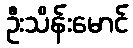
ဦးသိန်းမောင်